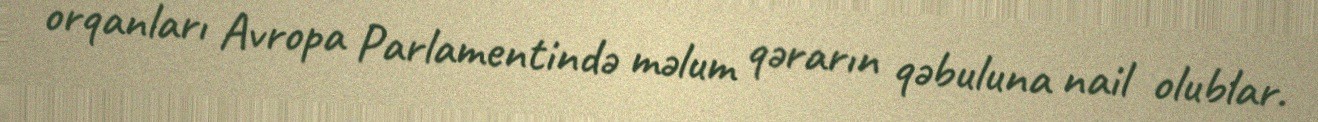
orqanları Avropa Parlamentində məlum qərarın qəbuluna nail olublar.